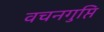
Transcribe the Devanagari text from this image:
वचनगुप्ति